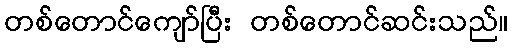
တစ်တောင်ကျော်ပြီး တစ်တောင်ဆင်းသည်။